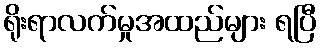
ရိုးရာလက်မှုအထည်များ ရပြီ